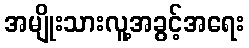
အမျိုးသားလူ့အခွင့်အရေး